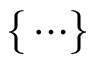
\{ \, \cdots \}